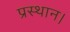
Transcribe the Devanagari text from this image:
प्रस्थान।